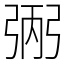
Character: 𢏺